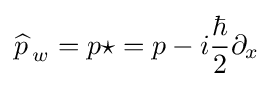
{\widehat {p\,}}_{w}=p\star =p-i{\frac {\hbar }{2}}\partial _{x}